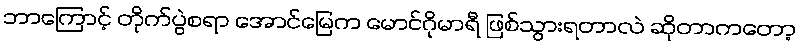
ဘာကြောင့် တိုက်ပွဲစရာ အောင်မြေက မောင်ဂိုမာရီ ဖြစ်သွားရတာလဲ ဆိုတာကတော့